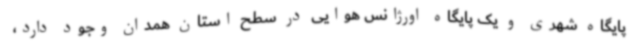
پایگاه شهری و یک پایگاه اورژانس هوایی در سطح استان همدان وجود دارد،